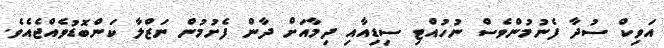
އަވިކް ސުދާ ފެނުމުންވެސް ނުހުއްޓި ސިޑިއާއި ދިމާއަށް ދާން ފެށުމުން ނަޒްލާ ކަންބޮޑުވެއްޖެއެވެ.